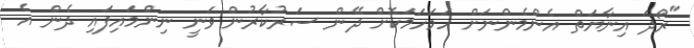
"ރޯދަ އިނާޔަތް އެންމެންނަށް ހަމަހަމަކޮށް ދޭން ސަރުކާރުން ވަނީ ނިންމައިފައި ދެން އެ